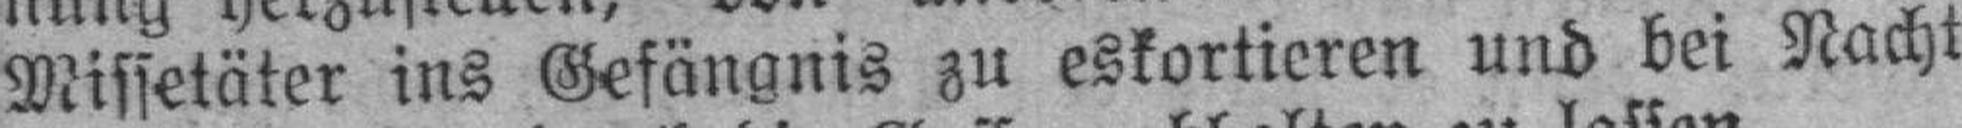
Missetäter ins Gefängnis zu eskortieren und bei Nacht